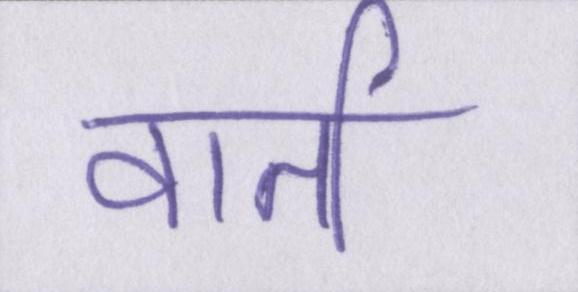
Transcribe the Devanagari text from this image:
वार्ता